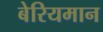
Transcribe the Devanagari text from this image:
बेरियमान